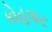
કોહવાટ